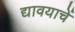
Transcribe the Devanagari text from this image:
द्यावयाचें